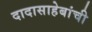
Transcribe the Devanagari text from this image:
दादासाहेबांची